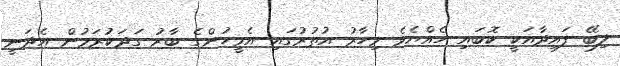
ލިބޭ ފައިދާއަކީ ކޮބައި ހެއްޔެވެ މިހާރު އުތުރުގައި އެމީހުންގެ ބާރު ގަދަކުރަމުން އެދަނީ